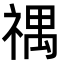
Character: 禑